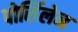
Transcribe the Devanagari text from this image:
पोसिंलेन